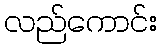
လည်ကောင်း